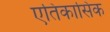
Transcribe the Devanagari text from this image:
एतिकासिक